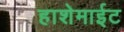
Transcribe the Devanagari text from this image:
हाशेमाईट